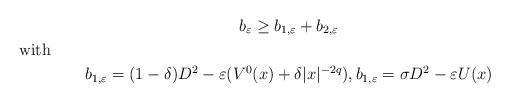
LaTeX: \begin{gather*}b_\varepsilon \ge b_{1,\varepsilon}+b_{2,\varepsilon}\\\shortintertext{with}b_{1,\varepsilon}= (1-\delta) D^2 - \varepsilon (V^0(x) + \delta |x|^{-2q}),b_{1,\varepsilon}=\sigma D^2 - \varepsilon U(x)\end{gather*}